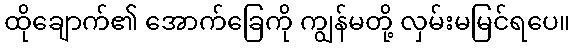
ထိုချောက်၏ အောက်ခြေကို ကျွန်မတို့ လှမ်းမမြင်ရပေ။